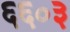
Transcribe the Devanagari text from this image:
६६०३